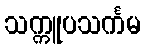
သက္ကူပသင်္ကမ